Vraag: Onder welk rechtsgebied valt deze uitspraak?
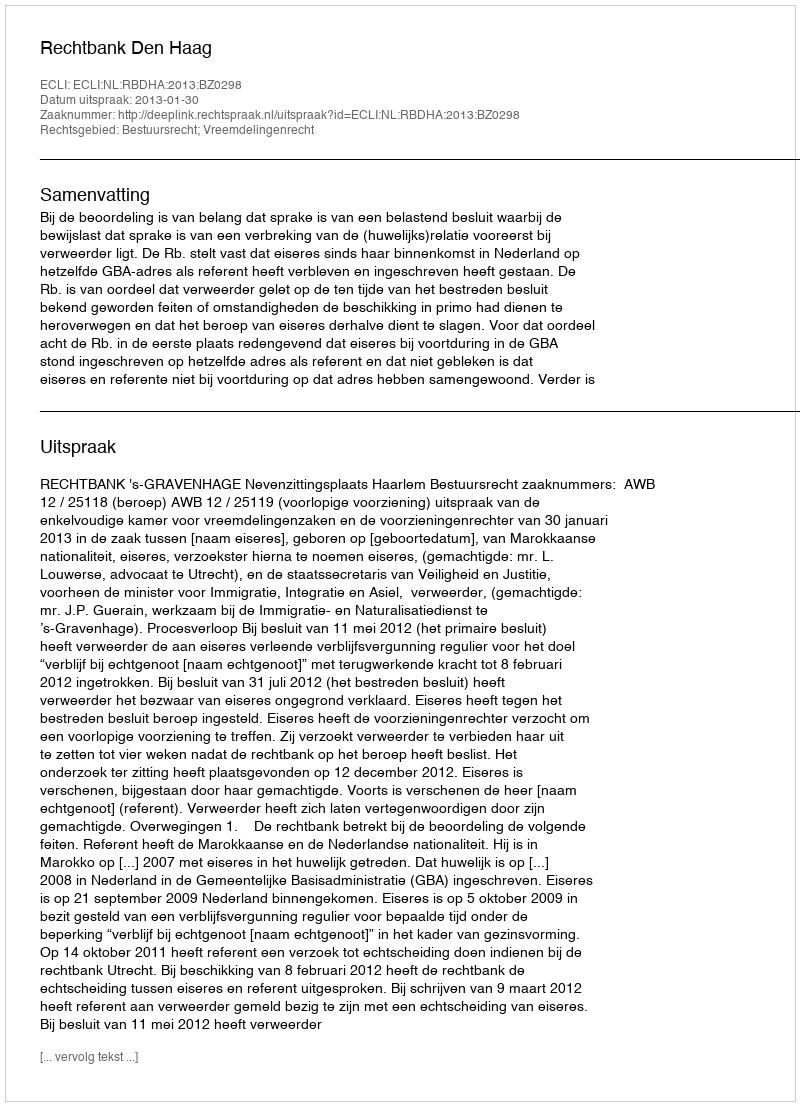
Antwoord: Bestuursrecht; Vreemdelingenrecht